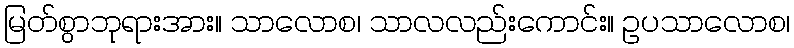
မြတ်စွာဘုရားအား။ သာလောစ၊ သာလလည်းကောင်း။ ဥပသာလောစ၊